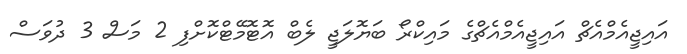
އައިޖީއެމްއެޗް އައިޖީއެމްއެޗްގެ މައިކްރޯ ބަޔޮލަޖީ ލެބް އޮޓޮމޭޓްކޮށްފި 2 މަސް 3 ދުވަސް